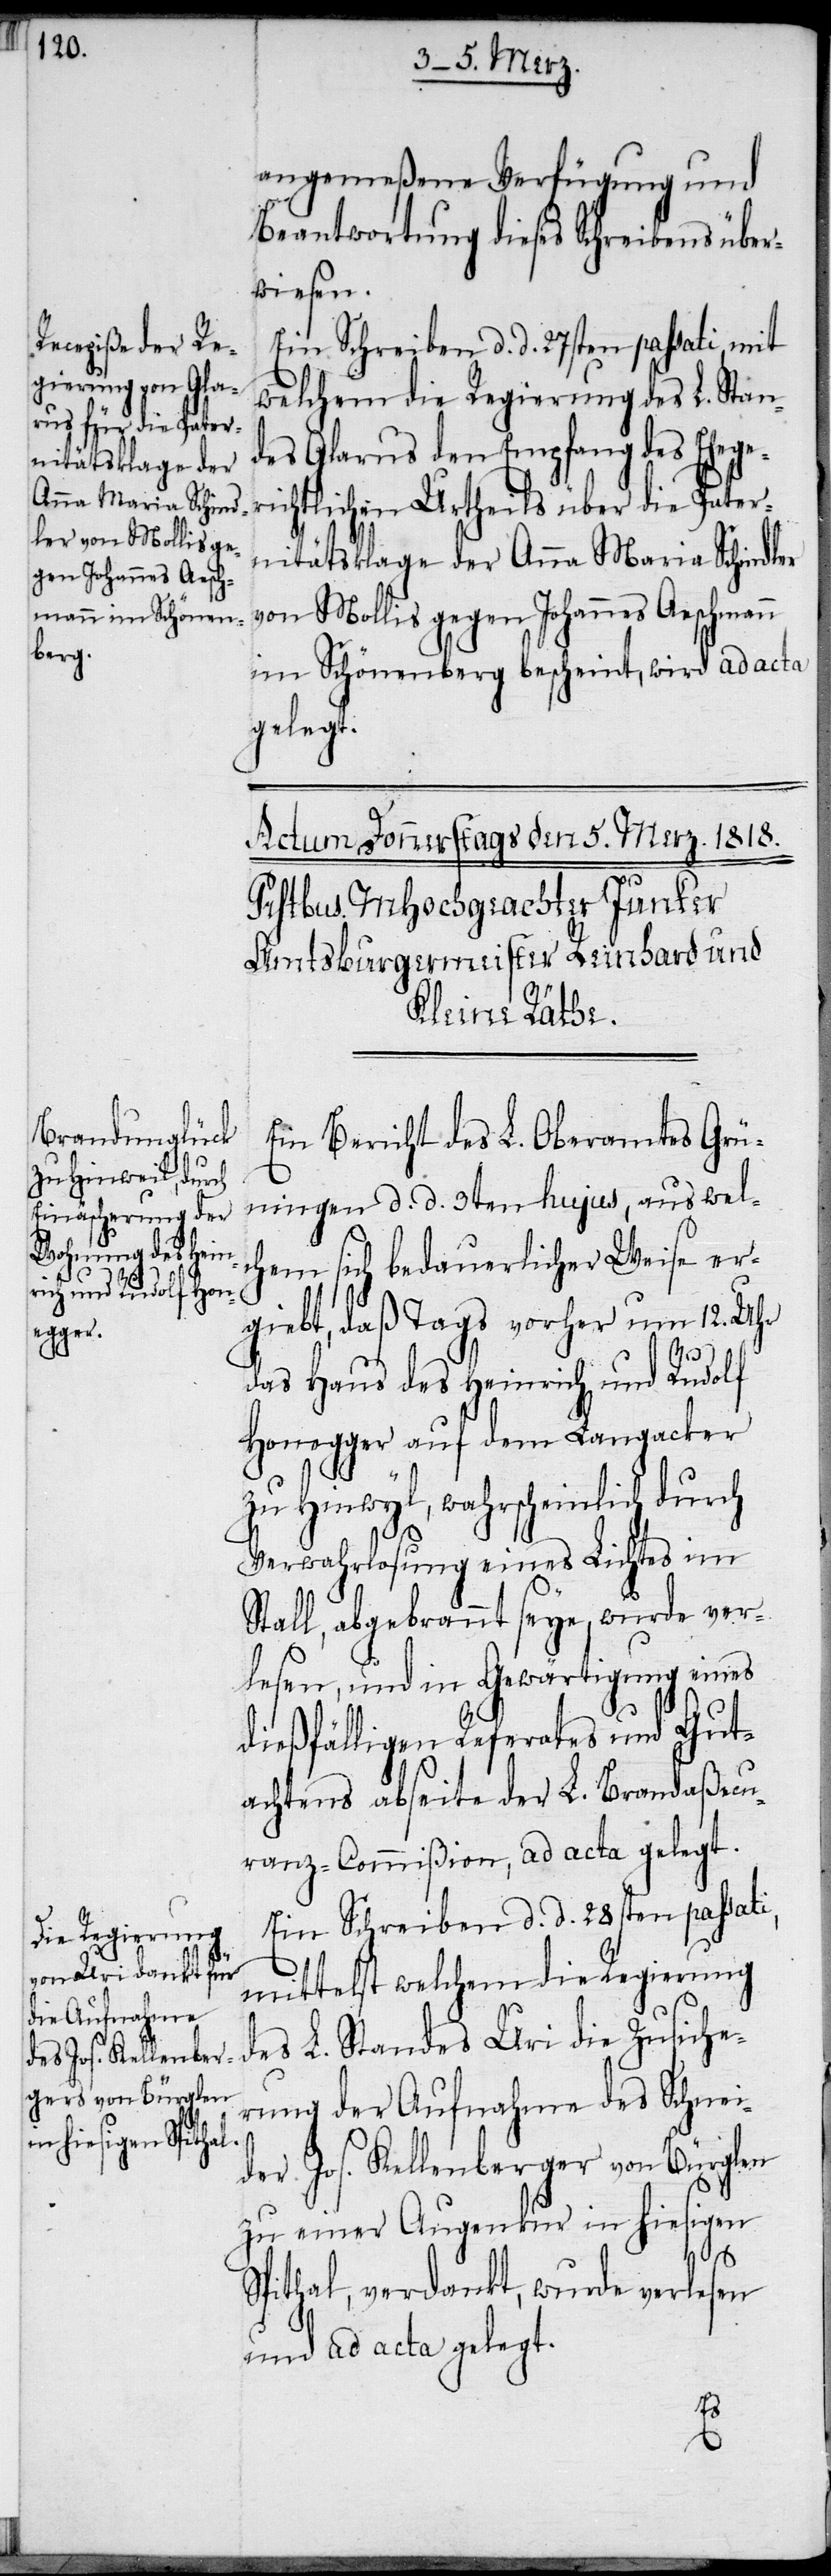
angemeßene Verfügung und
Beantwortung dieses Schreibens über¬
wiesen.
Ein Schreiben d. d. 27sten passati, mit
welchem die Regierung des L. Stan¬
des Glarus den Empfang des Eheger¬
ichtlichen Urtheils über die Pater¬
nitätsklage der Anna Maria Schindler
von Mollis gegen Johannes Aeschmann
im Schönenberg bescheint, wird ad acta
gelegt.
Ein Bericht des L. Oberamtes Grü¬
ningen d. d. 3ten hujus, aus wel¬
chem sich bedauerlicher Weise er¬
giebt, daß Tags vorher um 12. Uhr
das Haus des Heinrich und Rudolf
Honegger auf dem Langacker
zu Hinwyl, wahrscheinlich durch
Verwahrlosung eines Lichtes im
Stall, abgebrannt seye, wurde ver¬
lesen, und in Gewärtigung eines
dießfälligen Referates und Gut¬
achtens abseite der L. Brandaßecu¬
ranz-Commißion, ad acta gelegt.
Ein Schreiben d. d. 28sten passati,
mittelst welchem die Regierung
des L. Standes Uri die Zusiche¬
rung der Aufnahme des Schnei¬
der Jos. Kellenberger von Bürglen
zu einer Augenkur in hiesigen
Spithal, verdankt, wurde verlesen
und ad acta gelegt.